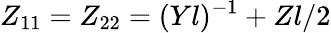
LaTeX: Z_{11}=Z_{22}=(Yl)^{-1}+Zl/2